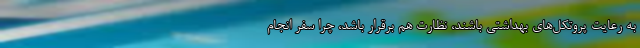
به رعایت پروتکل‌های بهداشتی باشند، نظارت هم برقرار باشد، چرا سفر انجام